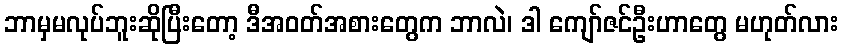
ဘာမှမလုပ်ဘူးဆိုပြီးတော့ ဒီအဝတ်အစားတွေက ဘာလဲ၊ ဒါ ကျော်ဇင်ဦးဟာတွေ မဟုတ်လား